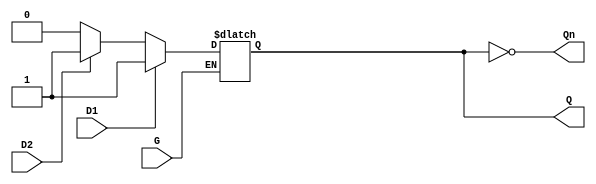
module dual_input_gated_latch (
    input wire D1,       // First data input
    input wire D2,       // Second data input
    input wire G,        // Enable signal
    output reg Q,        // Output
    output wire Qn       // Complement of the output
);

    // Assign the complement of Q to Qn
    assign Qn = ~Q;

    // Always block that responds to changes in G, D1, and D2
    always @(*) begin
        if (G) begin
            // When G is HIGH, sample the inputs
            if (D1) begin
                Q = D1;  // Prioritize D1 when HIGH
            end else if (D2) begin
                Q = D2;  // D2 takes precedence if D1 is LOW
            end else begin
                Q = 1'b0; // If both are LOW, output is LOW
            end
        end
        // If G is LOW, Q retains its last state (no assignment needed)
    end

endmodule